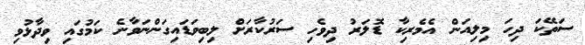
ސަތޭކަ ދިހަ މިލިއަން އެމެރިކާ ޑޮލަރު ދިވެހި ސަރުކާރަށް ލިބިވަޑައިގަންނަވާނެ ކަމުގައި ވިދާޅުވި